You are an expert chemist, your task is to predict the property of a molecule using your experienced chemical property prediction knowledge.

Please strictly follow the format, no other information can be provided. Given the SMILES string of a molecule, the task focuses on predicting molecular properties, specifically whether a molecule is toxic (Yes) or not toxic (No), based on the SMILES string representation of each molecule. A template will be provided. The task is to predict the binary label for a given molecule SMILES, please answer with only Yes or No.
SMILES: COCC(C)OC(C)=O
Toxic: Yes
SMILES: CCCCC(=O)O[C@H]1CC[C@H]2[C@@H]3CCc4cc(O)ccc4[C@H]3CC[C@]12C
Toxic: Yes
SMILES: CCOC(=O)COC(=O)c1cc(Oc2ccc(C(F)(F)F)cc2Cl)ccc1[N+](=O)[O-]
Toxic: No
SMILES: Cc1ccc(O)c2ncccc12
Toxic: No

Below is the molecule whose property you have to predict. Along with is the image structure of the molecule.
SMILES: CCCC[P+](CCCC)(CCCC)CCCC
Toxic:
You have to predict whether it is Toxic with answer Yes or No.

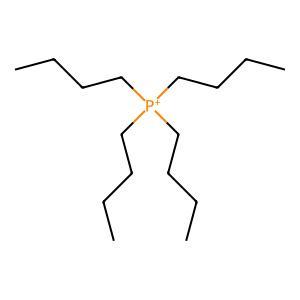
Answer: No